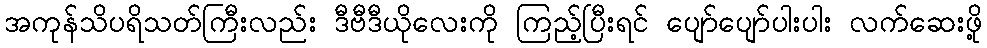
အကုန်သိပရိသတ်ကြီးလည်း ဒီဗီဒီယိုလေးကို ကြည့်ပြီးရင် ပျော်ပျော်ပါးပါး လက်ဆေးဖို့